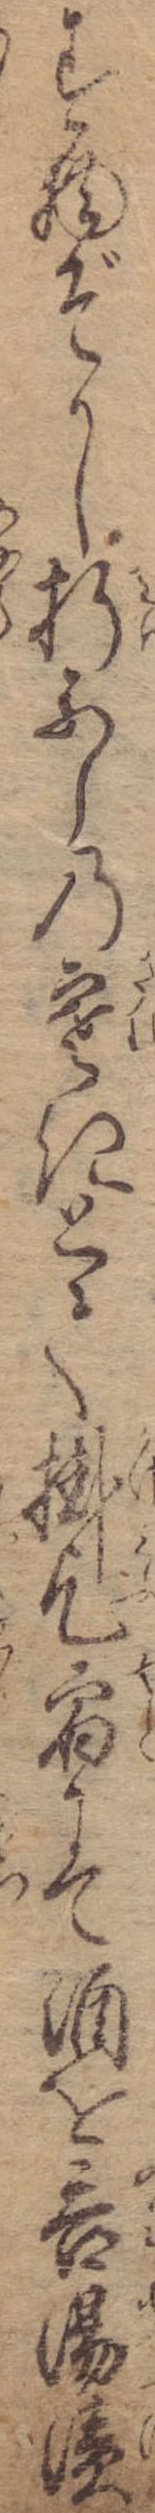
す物ぞかし折ふしの寒きとて掛乞宿にて酒を呑湯漬